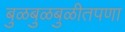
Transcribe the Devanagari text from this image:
बुळबुळबुळीतपणा